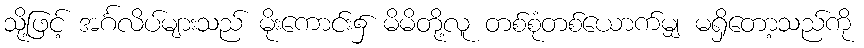
သို့ဖြင့် အင်္ဂလိပ်များသည် မိုးကောင်း၌ မိမိတို့လူ တစ်စုံတစ်ယောက်မျှ မရှိတော့သည်ကို